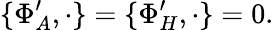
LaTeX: \{ \Phi_{A}^{\prime},\cdot\} =\{ \Phi_{H}^{\prime},\cdot\} =0.